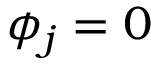
\phi _ { j } = 0